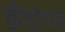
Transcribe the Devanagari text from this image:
क्रीडांगणे